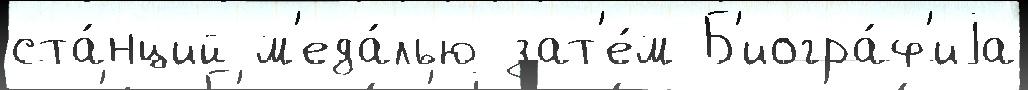
ста́нций м'еда́лью зат'е́м Б'иогра́ф'иjа